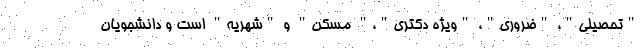
"تحصیلی"، "ضروری"، "ویژه دکتری"،" مسکن" و "شهریه" است و دانشجویان